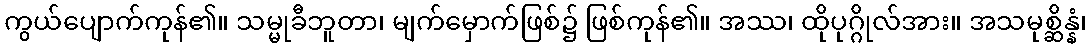
ကွယ်ပျောက်ကုန်၏။ သမ္မုခီဘူတာ၊ မျက်မှောက်ဖြစ်၌ ဖြစ်ကုန်၏။ အဿ၊ ထိုပုဂ္ဂိုလ်အား။ အသမုစ္ဆိန္နံ၊